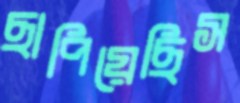
ছাপিয়েছিস